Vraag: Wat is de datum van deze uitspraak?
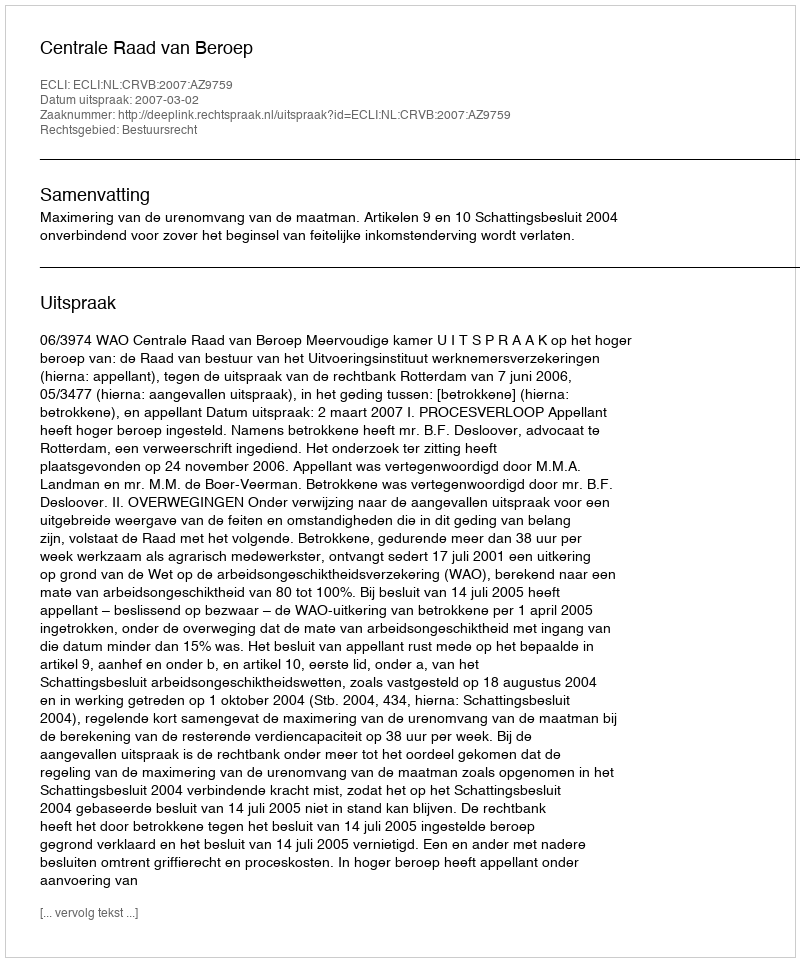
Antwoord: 2007-03-02